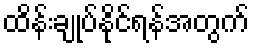
ထိန်းချုပ်နိုင်ရန်အတွက်